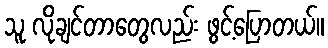
သူ လိုချင်တာတွေလည်း ဖွင့်ပြောတယ်။